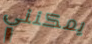
يمكنني